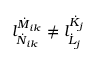
l _ { \dot { N } _ { i k } } ^ { \dot { M } _ { i k } } \neq l _ { \dot { L } _ { j } } ^ { \dot { K } _ { j } }